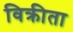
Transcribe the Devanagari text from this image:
विक्रीता